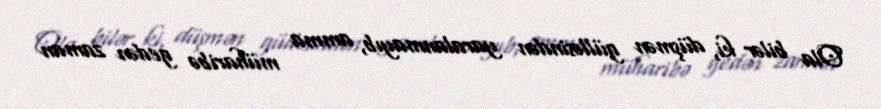
Ola bilər ki, düşmən gülləsindən yaralanmayıb, amma müharibə gedən zaman